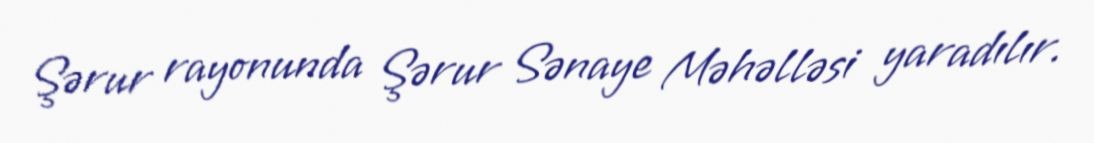
Şərur rayonunda Şərur Sənaye Məhəlləsi yaradılır.